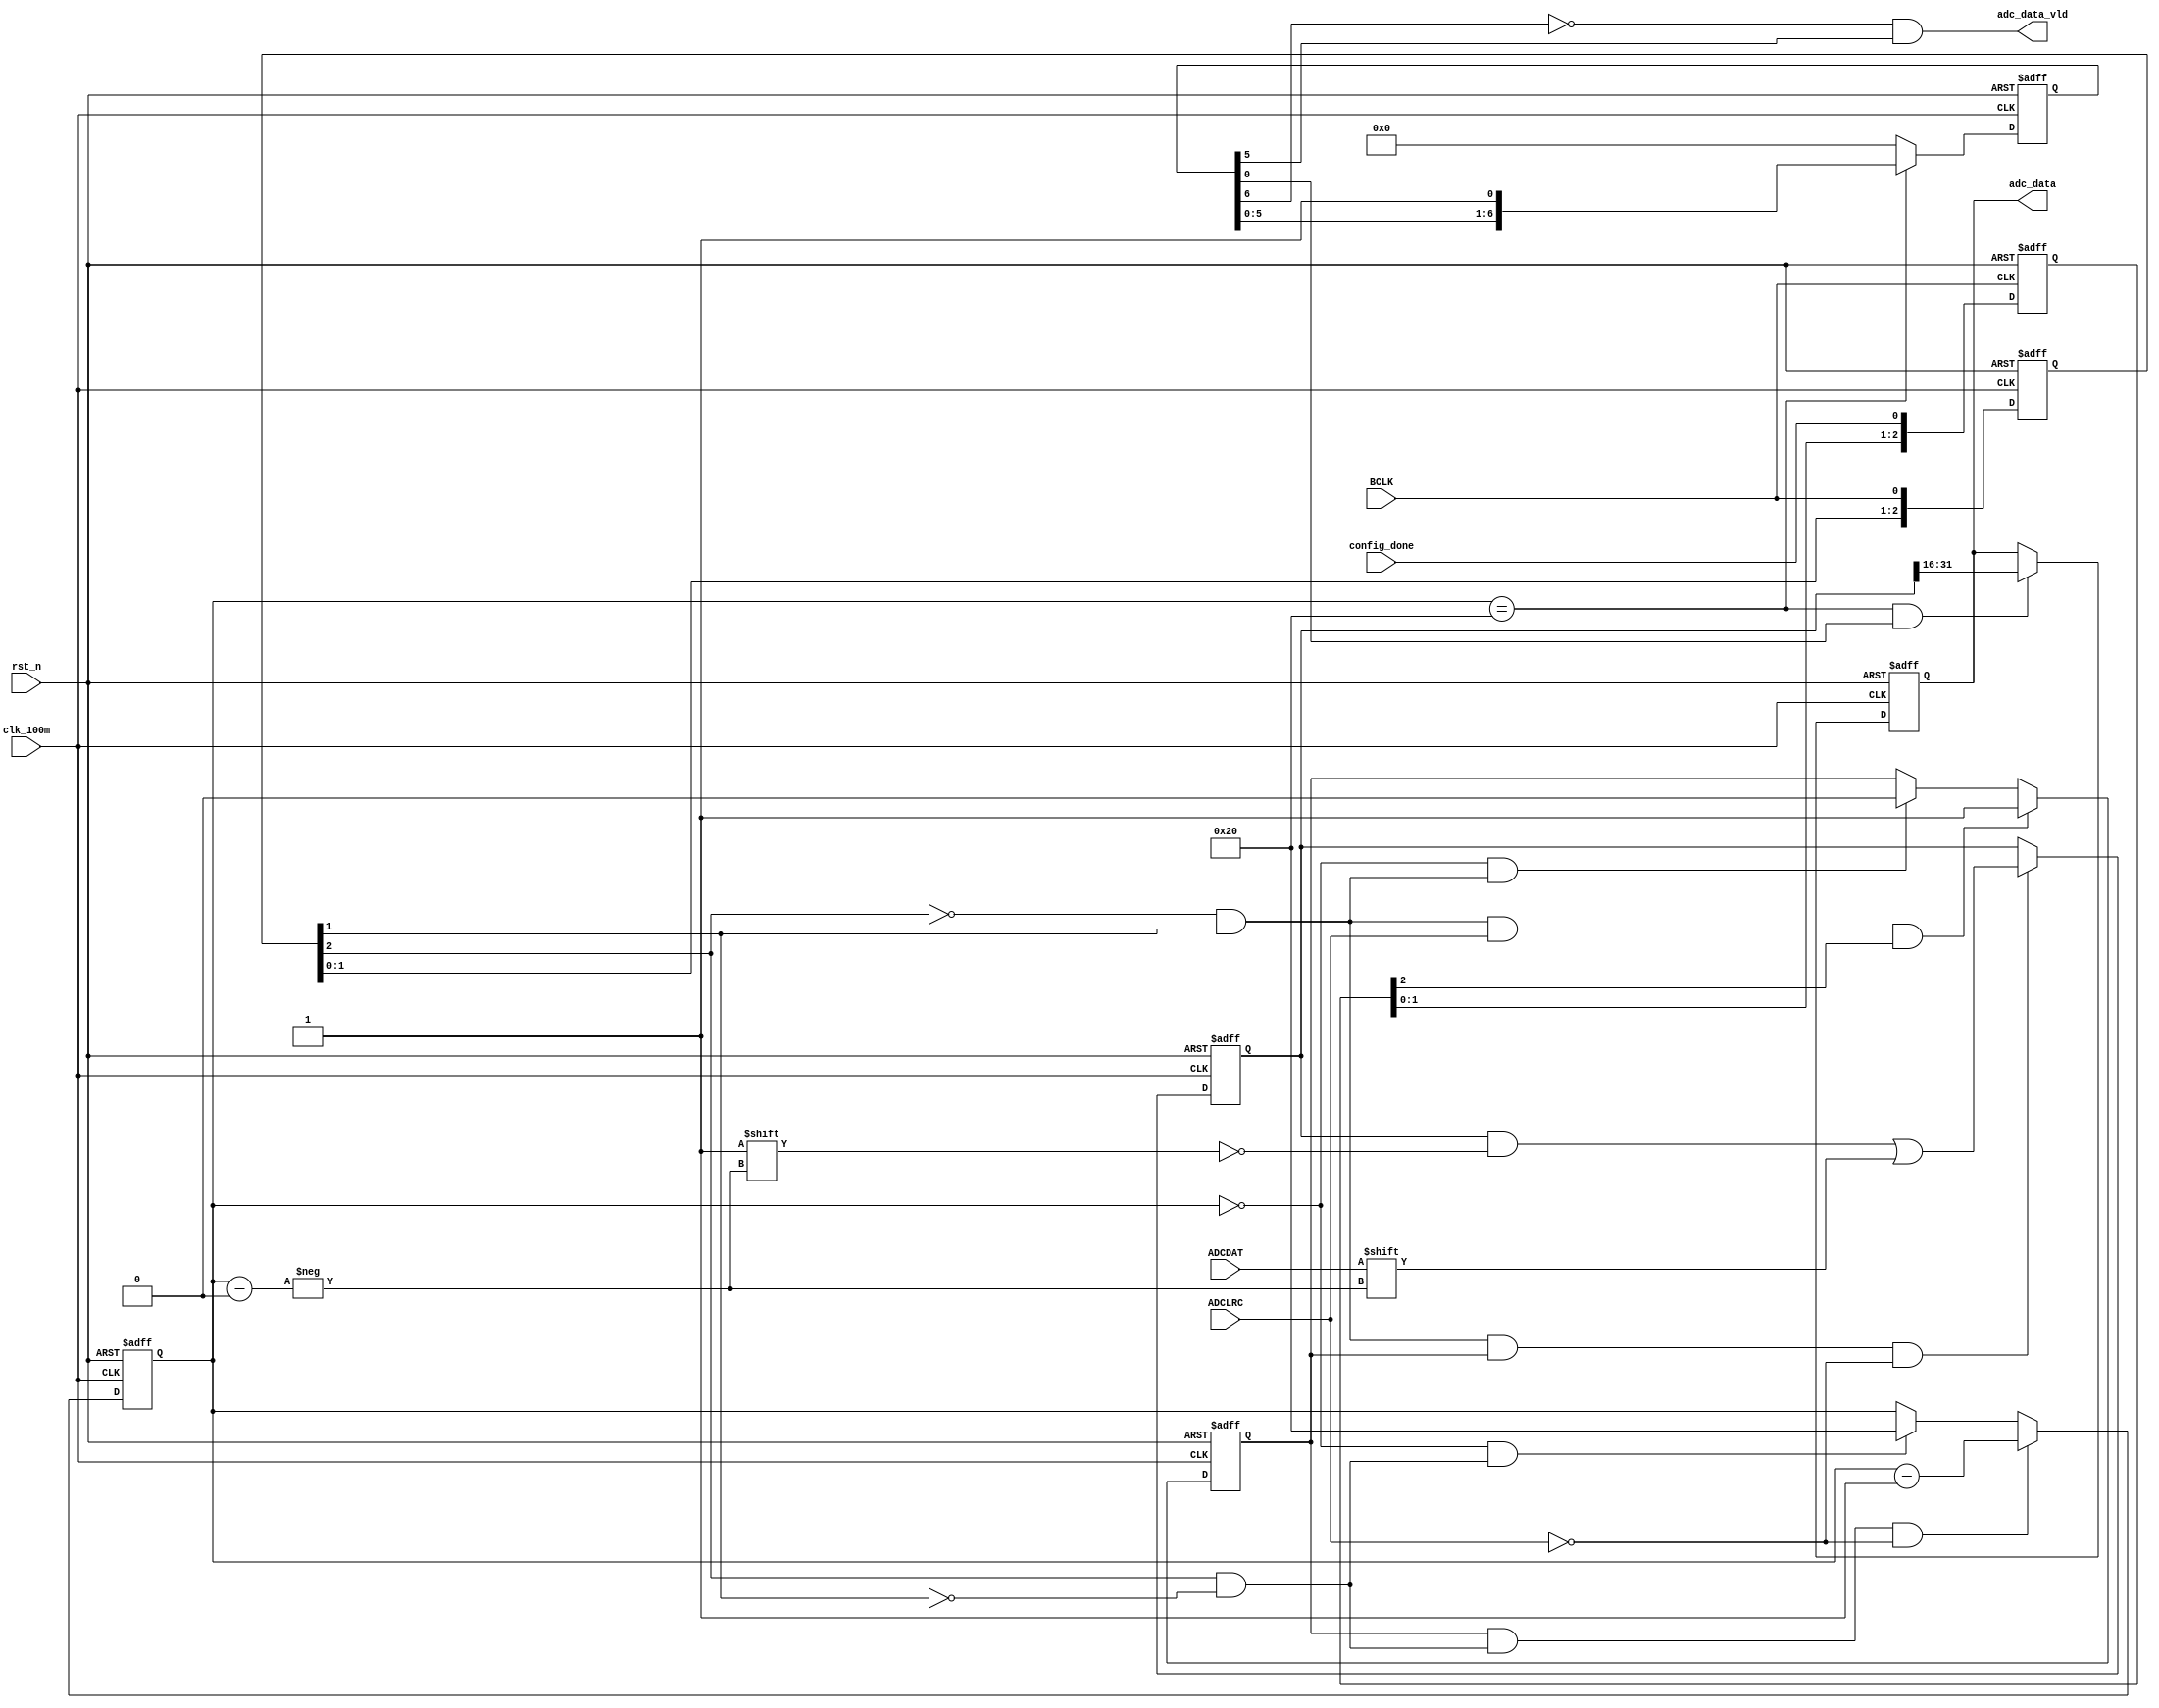
`timescale 1ns / 1ps
//////////////////////////////////////////////////////////////////////////////////
// Company: 
// Engineer: 
// 
// Design Name: 
// Module Name: adc_read_v2
// Project Name: 
// Target Devices: 
// Tool Versions: 
// Description: 
// 
// Dependencies: 
// 
// Revision:
// Revision 0.01 - File Created
// Additional Comments:
// 
//////////////////////////////////////////////////////////////////////////////////


module adc_read_v2(
    input 				clk_100m,
    input 				ADCLRC,
    input 				BCLK,
    input 				ADCDAT,
    input 				config_done,
    input 				rst_n,

    output wire [15:0] adc_data,
    output wire 		adc_data_vld
    );
	//___________________________________config_done_____________________________________
    reg 		[2:0] 	config_done_d;
    always @ (posedge BCLK or negedge rst_n)
        if (!rst_n)
        begin
            config_done_d <= 3'b0;
        end
        else
        begin
            config_done_d <= {config_done_d[1:0], config_done};
        end
	//______________________________________BCLK_____________________________________
	wire 				BCLK_pos;
	wire               BCLK_neg;
	reg 		[2:0] 	BCLK_reg;
	assign BCLK_pos =  ~BCLK_reg[2] && BCLK_reg[1];
	assign BCLK_neg =   BCLK_reg[2] && ~BCLK_reg[1];
	
	always @ (posedge clk_100m or negedge rst_n)
	begin
		if (!rst_n) BCLK_reg <= 3'b0;
		else 		BCLK_reg <= {BCLK_reg[1:0],BCLK};
	end
	//____________________________________
	reg                 rd_flag;
	reg 		[5:0]	data_cnt;
	always @ (posedge clk_100m or negedge rst_n)
    begin
        if (!rst_n) 														rd_flag <= 1'b0;
       	else if (BCLK_pos == 1'b1 && ADCLRC == 1'b1 && config_done_d[2])	rd_flag <= 1'b1;
        else if (data_cnt == 1'b0 && BCLK_pos)								rd_flag <= 1'b0;
       	else 																rd_flag <= rd_flag;
    end
    //______________________________________data_cnt_____________________________________
    always @ (posedge clk_100m or negedge rst_n)
    begin
    	if (!rst_n) 														data_cnt <= 6'd32;
    	else if (rd_flag == 1'b1 && BCLK_neg && ADCLRC != 1'b1)				data_cnt <= data_cnt - 1'b1;
    	else if (data_cnt == 1'b0 && BCLK_neg)								data_cnt <= 6'd32;
    	else  																data_cnt <= data_cnt;
    end
    //_______________________________________ADCDAT______________________________________
    reg 		[31:0]	data_reg;
    always @ (posedge clk_100m or negedge rst_n)
    begin
        if (!rst_n) 														data_reg <= 31'b0;
        else if (BCLK_pos == 1'b1 && rd_flag == 1'b1 && ADCLRC != 1'b1)		data_reg[data_cnt] <= ADCDAT;
        else 																data_reg <= data_reg;
    end
    //_______________________________________valid_______________________________________
    //cnt0valid
    reg 		[6:0] 	data_vld_reg;
    assign adc_data_vld = ~data_vld_reg[6] && data_vld_reg[5];
    always @ (posedge clk_100m or negedge rst_n)
    begin
        if (!rst_n)	 				                        data_vld_reg <= 3'b0;
        else if (data_cnt == 6'd32 ) 	                    data_vld_reg <= {data_vld_reg[5:0],1'b1};
        else 						                        data_vld_reg <= 3'b0;
    end
    //_______________________________________data_______________________________________
    reg         [15:0]  adc_data_reg;
    assign adc_data = adc_data_reg;
    always @ (posedge clk_100m or negedge rst_n)
    begin
        if (!rst_n)	 				                            adc_data_reg <= 16'b0;
        else if (data_cnt == 6'd32 && data_vld_reg[0] == 1'b1) 	adc_data_reg <= data_reg[31:16];
        else 						                            adc_data_reg <= adc_data_reg;
    end
 	
endmodule